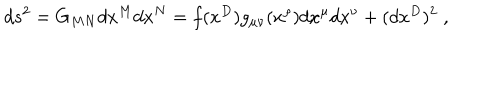
LaTeX: d s ^ { 2 } = G _ { M N } d x ^ { M } d x ^ { N } = f ( x ^ { D } ) g _ { \mu \nu } ( x ^ { \rho } ) d x ^ { \mu } d x ^ { \nu } + ( d x ^ { D } ) ^ { 2 } \; ,